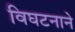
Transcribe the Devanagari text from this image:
विघटनाने